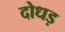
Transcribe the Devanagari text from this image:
दोधड़